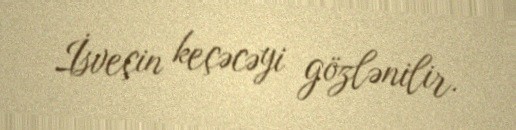
İsveçin keçəcəyi gözlənilir.